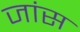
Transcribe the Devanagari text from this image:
जांस